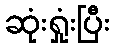
ဆုံးရှုံးပြီး